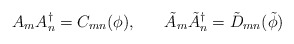
\begin{align*}A_{m}A^{\dagger}_{n} = C_{mn}(\phi), \; \; \; \; \; \; \tilde{A}_{m} \tilde{A}^{\dagger}_{n} = \tilde{D}_{mn}(\tilde{\phi}) \end{align*}